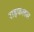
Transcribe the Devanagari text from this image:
राइफलस